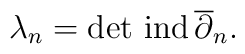
\lambda_n=\det \,{\rm ind}\,\overline \partial_n.